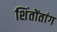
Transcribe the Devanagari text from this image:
शिंतोंतांग